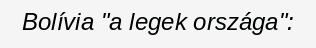
Bolívia "a legek országa":